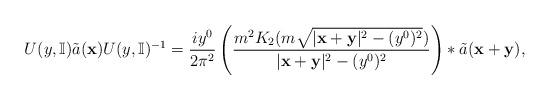
LaTeX: \begin{align*}U(y ,\mathbb{I}) \tilde{a} ( \mathbf{x}) U( y ,\mathbb{I}) ^{-1}& =\frac{iy^{0} }{2\pi^2} \left(\frac{ m^2K_{2}(m\sqrt{\vert \mathbf{x+y} \vert^{2}-(y^{0})^2})}{\vert \mathbf{x+y} \vert^{2}-(y^{0})^2}\right)\ast\tilde{a}(\mathbf{x+y}) ,\end{align*}